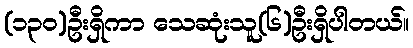
(၁၃၀)ဦးရှိကာ သေဆုံးသူ(၆)ဦးရှိပါတယ်။